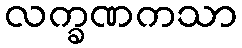
လက္ခဏကသာ